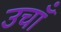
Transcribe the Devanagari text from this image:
उचॉं